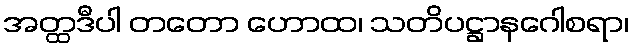
အတ္ထဒီပါ တတော ဟောထ၊ သတိပဋ္ဌာနဂေါစရာ၊